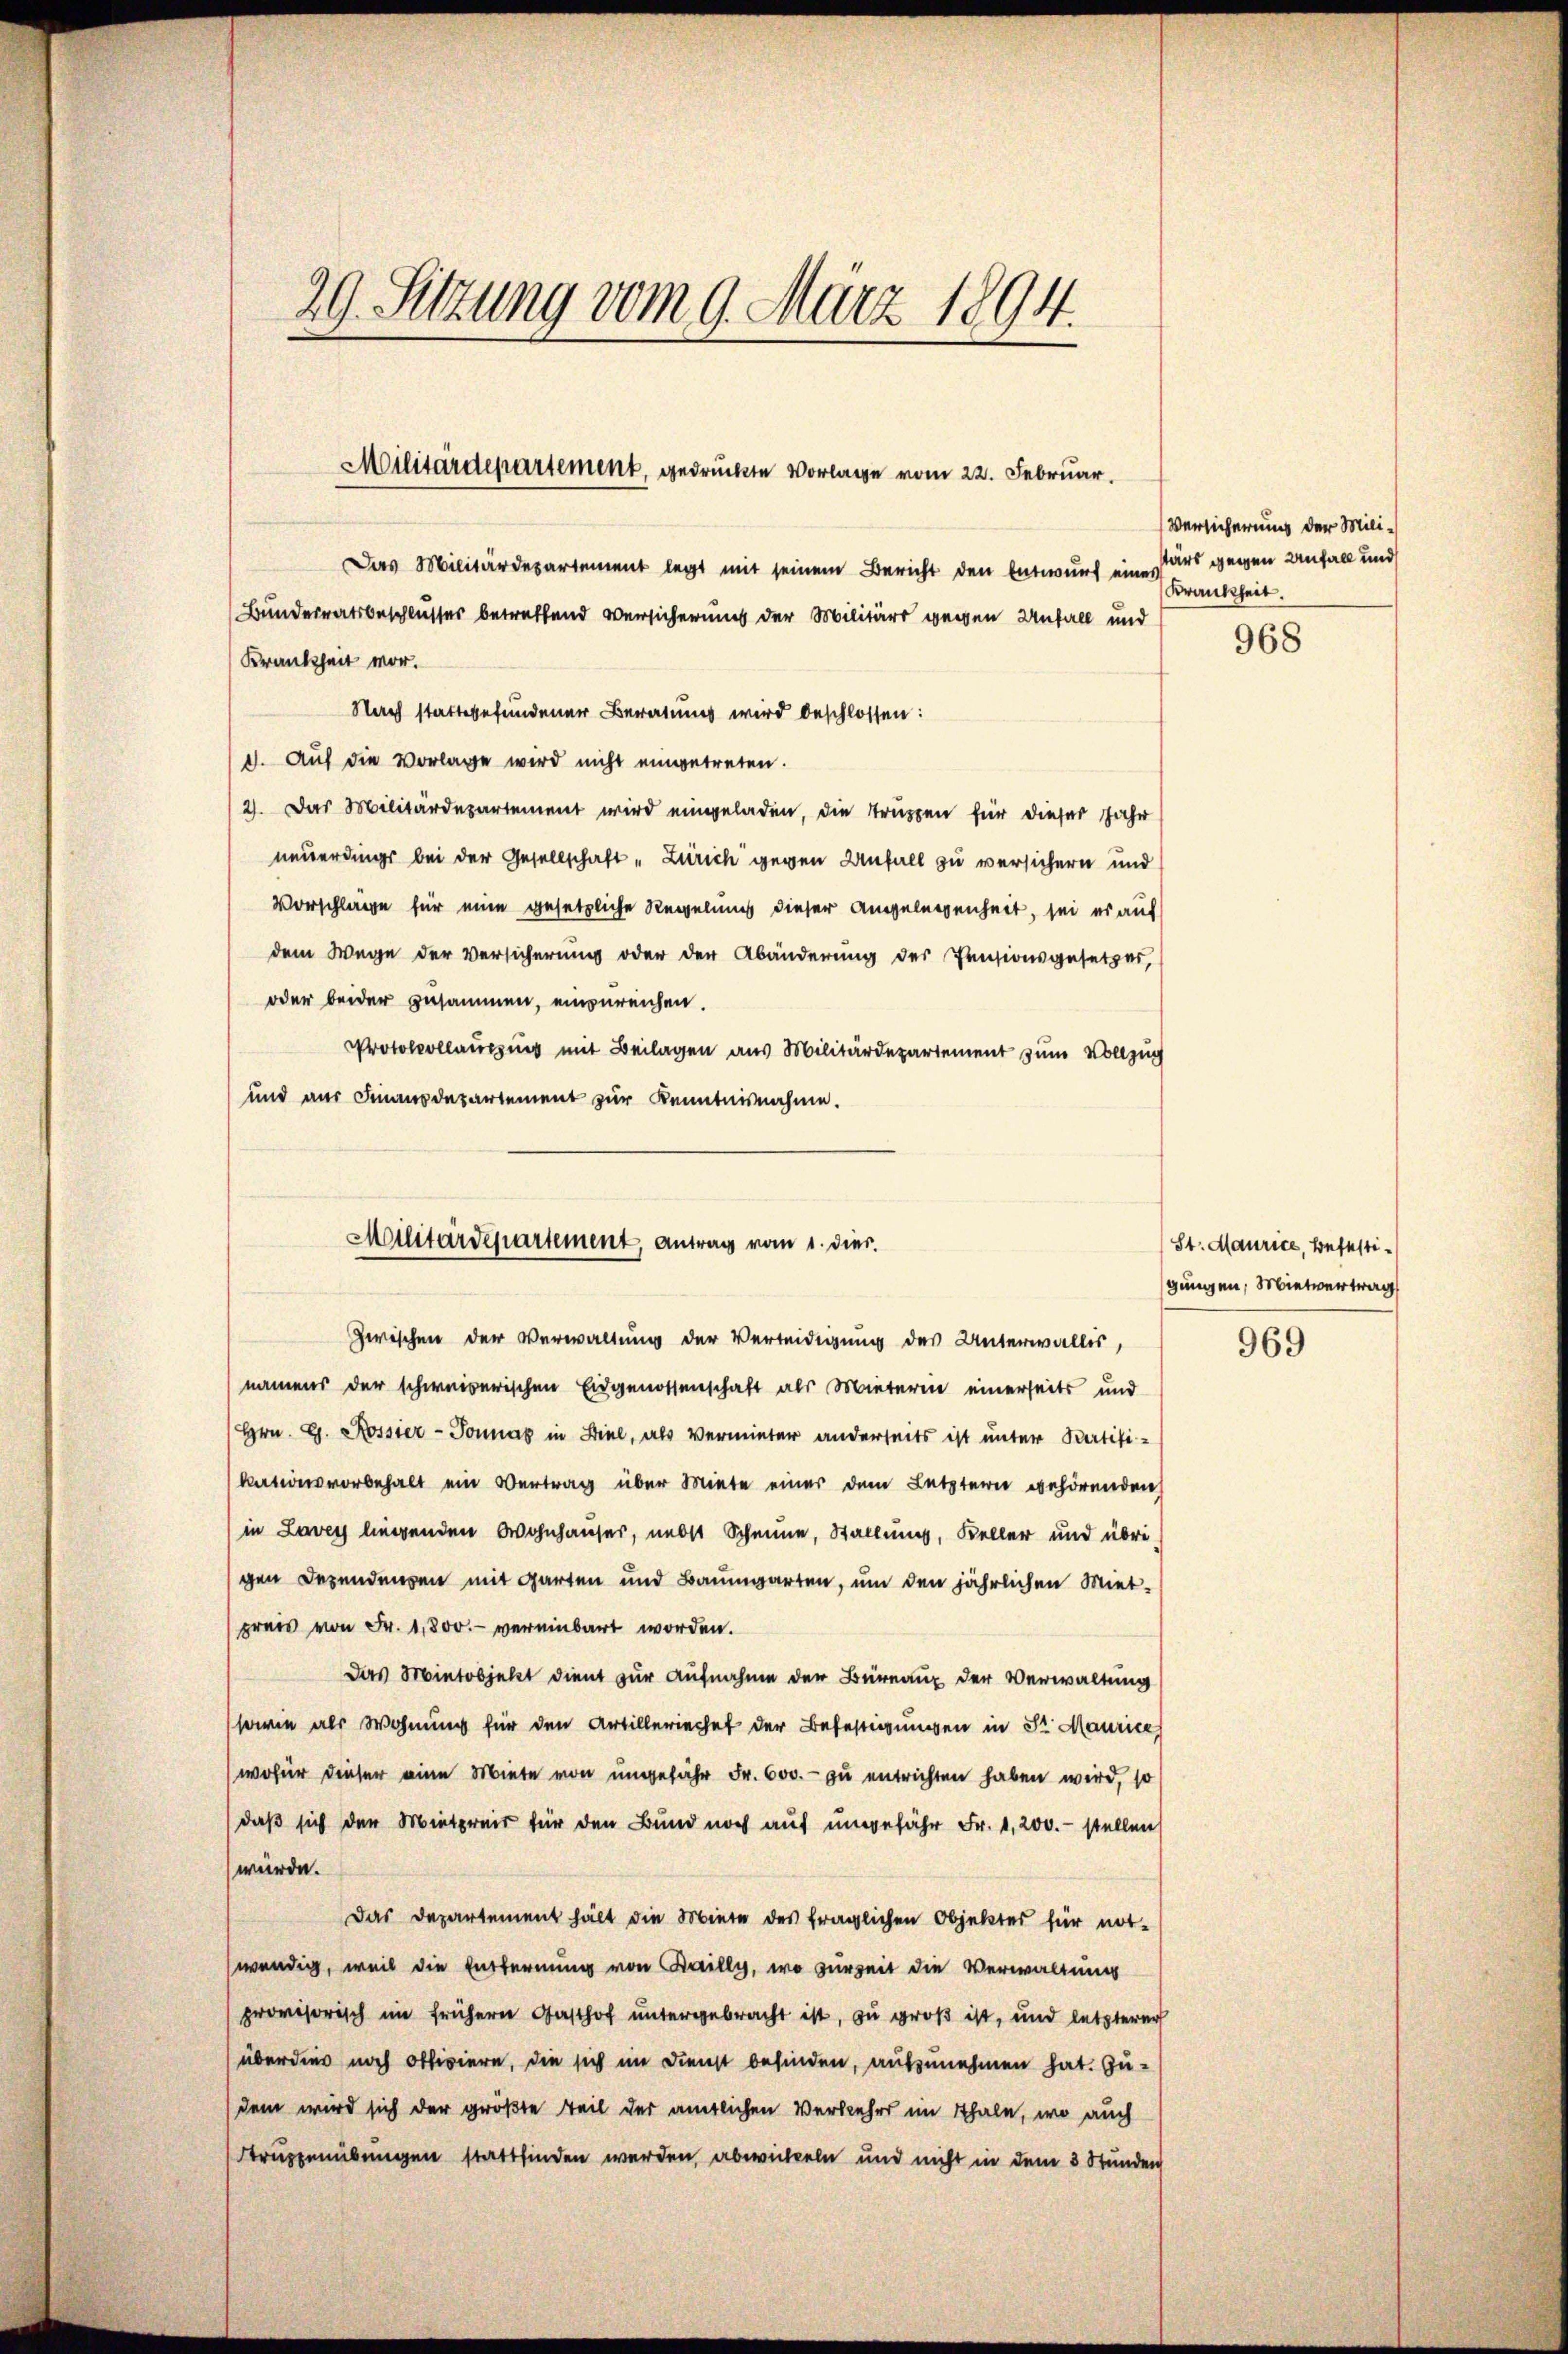
29. Sitzung vom 9. März 1894.

Das Militärdepartement legt mit seinem Bericht den Entwurf einers gegen Unfall und
Bunderratsbeschlusses betreffend Versicherung der Militärs wegen Unfall und
Krankheit vor.
Nach stattgefundener Beratung wird beschlossen:
1. Auf die Vorlage wird nicht eingetreten.
2). Das Militärdepartement wird eingeladen, die Truppen für dieser Jahr
neuerdings bei der Gesellschaft „Zürich gegen Unfall(...) versichern und
Vorschläge für eine gesetzliche Regelung dieser Angelegenheit, sei es auf
dem Wege der Versicherung oder der Abänderung des Pensionsgesetzes,
oder beider zusammen, einzureichen.
Protokollausung mit Beilagen aus Militärdepartement zum Vollzug
und aus Finanzdepartement zur Kenntnisnahme.
Zwischen der Verwaltung der Verleidigung des Unterwallis,
namens der schweizerischen Eidgenossenschaft als Mieterin einerseits und
Hrn. G. Rossier-Tonna in Biel, als Vermieter anderseits ist unter Bertifikationsvorbehalt ein Vertrag über Miete einer dem Letztern gehörenden
in Lavey liegenden Wohnhauser, nebst Schmie, Stallung, Keller und übri-
gen Bezendenzen mit Garten und Baumgarten, um den jährlichen Miet-
preis von Fr. 1,800.- vereinbart worden.
Das Mintobjekt dient zur Aufnahme der Büreaux der Verwaltung
(sowie als Wohnung für den Artilleriechef der Befestigungen in Sr Maurice
wofür dieser eine Miete von ungefähr Fr. 600. zu entrichten haben wird, so
daß sich den Mietpreis für den Bund noch auf ungefähr Fr. 1,200. - stellen
würde.
Das Departement hält die Miete des fraglichen Objekter für not-
wendig, weil die Entfernung von Kailly, wo zurzeit die Verwaltung
provisorisch im frühern Gasthof untergebracht ist, zu groß ist, und letzterer
überdies noch officiere, die sich im Dienst befinden, aufzunehmen hat. Zu¬
(dem wird sich der größte Teil der amtlichen Verkehrs im Thale, wo auch
truppenübungen stattfinden werden, abwickeln und nicht in dem 3 Stunden

Militärdepartement, gedruckte Vorlage vom 22. Februar.

Militärdepartement, Antrag vom 1. dies.

Versicherung der Mili¬
Krankheit.

968

St. Maurice, Befestigungen, Mietvertrag

969